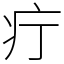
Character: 疔